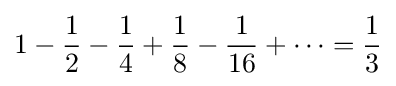
1-{\frac {1}{2}}-{\frac {1}{4}}+{\frac {1}{8}}-{\frac {1}{16}}+\cdots ={\frac {1}{3}}